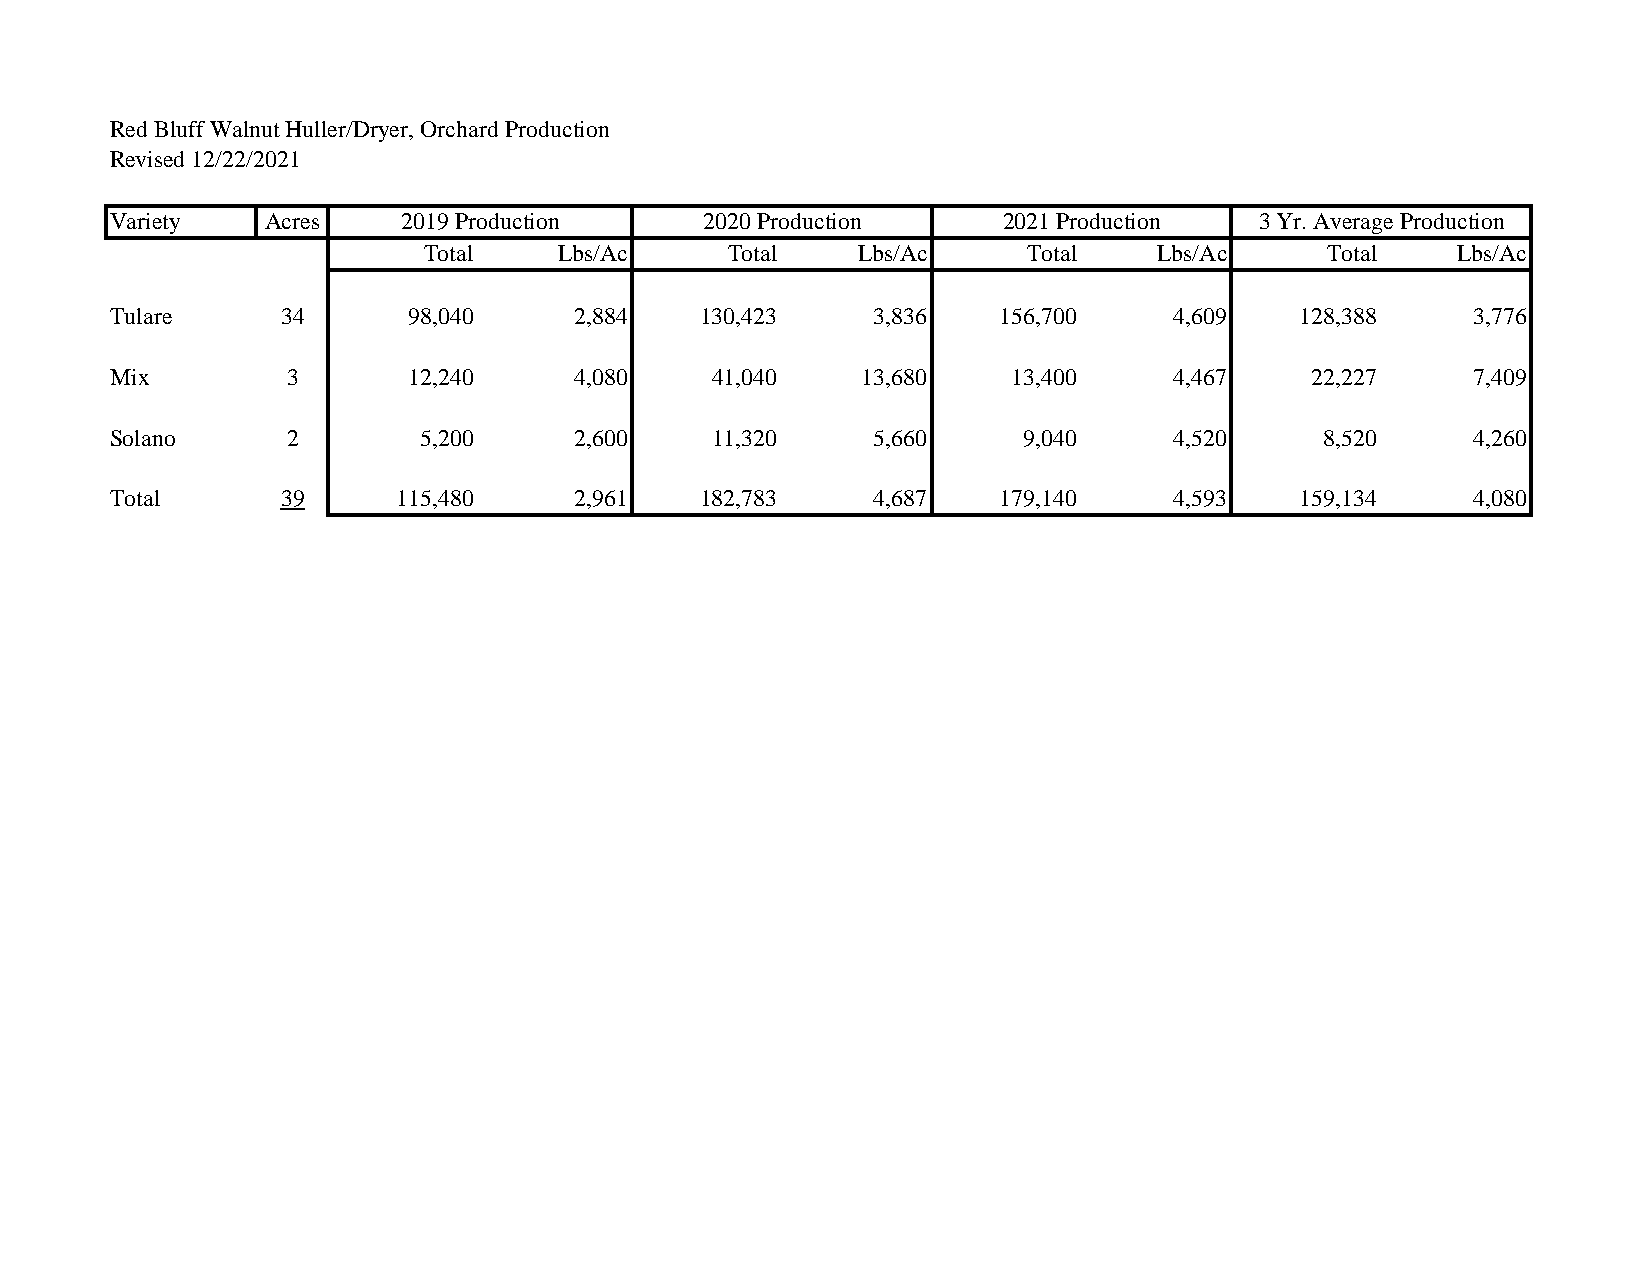
Red Bluff Walnut Huller/Dryer, Orchard Production
 Revised 12/22/2021
 Variety    Acres    2019 Production     2020 Production    2021 Production  3 Yr. Average Production
 Total    Lbs/Ac     Total    Lbs/Ac     Total    Lbs/Ac     Total   Lbs/Ac
 Tulare      34      98,040     2,884   130,423     3,836   156,700     4,609   128,388    3,776
 Mix         3       12,240     4,080    41,040    13,680    13,400     4,467    22,227    7,409
 Solano      2        5,200     2,600    11,320     5,660     9,040     4,520     8,520    4,260
 Total       39     115,480     2,961   182,783     4,687   179,140     4,593   159,134    4,080